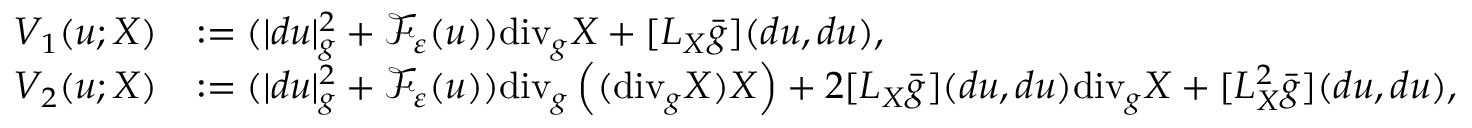
\begin{array} { r l } { V _ { 1 } ( u ; X ) } & { : = ( | d u | _ { g } ^ { 2 } + \mathcal { F } _ { \varepsilon } ( u ) ) \mathrm { d i v } _ { g } X + [ L _ { X } \bar { g } ] ( d u , d u ) , } \\ { V _ { 2 } ( u ; X ) } & { : = ( | d u | _ { g } ^ { 2 } + \mathcal { F } _ { \varepsilon } ( u ) ) \mathrm { d i v } _ { g } \left( ( \mathrm { d i v } _ { g } X ) X \right) + 2 [ L _ { X } \bar { g } ] ( d u , d u ) \mathrm { d i v } _ { g } X + [ L _ { X } ^ { 2 } \bar { g } ] ( d u , d u ) , } \end{array}